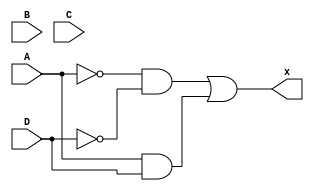
module ImparyPar(input A,B,C,D,output x);
wire out1,out2,out3,out4;

not not1(out3,A);
not not2(out4,D);
and and1(out1,out3,out4);
and and2(out2,A,D);
or or1(x,out1,out2);

endmodule